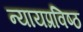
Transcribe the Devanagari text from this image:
न्यायप्रविष्ठ